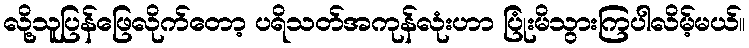
လို့သူပြန်ဖြေလိုက်တော့ ပရိသတ်အကုန်လုံးဟာ ပြုံးမိသွားကြပါလိမ့်မယ်။